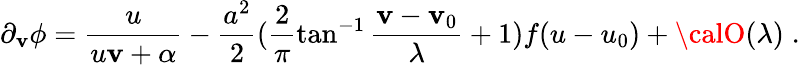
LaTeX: \partial_{\mathbf{v}}\phi=\frac{{u}}{{u\mathbf{v}+\alpha}}-\frac{{a^{2}}}{{2}}(\frac{{2}}{{\pi}}\tan^{-1}\frac{{\mathbf{v}-\mathbf{v}_{0}}}{{\lambda}}+1)f(u-u_{0})+{\calO}(\lambda)\; .